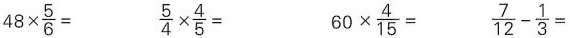
$$4 8 \times \frac { 5 } { 6 } =$$ $$\frac { 5 } { 4 } \times \frac { 4 } { 5} =$$ $$6 0 \times \frac { 4 } { 1 5 } =$$ \frac { 7 } { 1 2 } - \frac { 1 } { 3 } =$$